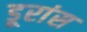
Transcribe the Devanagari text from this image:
डूरांस